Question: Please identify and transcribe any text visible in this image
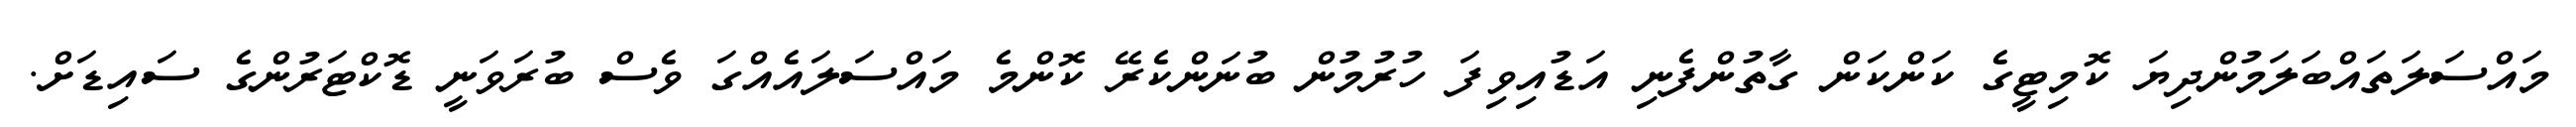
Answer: މައްސަލަތައްބަލަމުންދިޔަ ކޮމިޓީގެ ކަންކަން ގާތުންފެނި އަޑުއިވިފަ ހުރުމުން ބުނަންކެރޭ ކޮންމެ މައްސަލައެއްގަ ވެސް ބުރަވަނީ ޑޮކްޓަރުންގެ ސައިޑަށް.